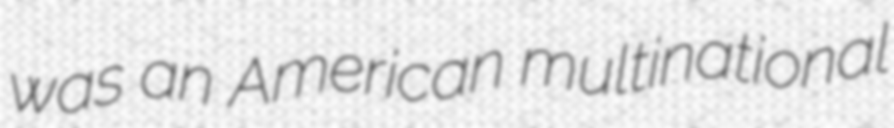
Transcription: was an American multinational